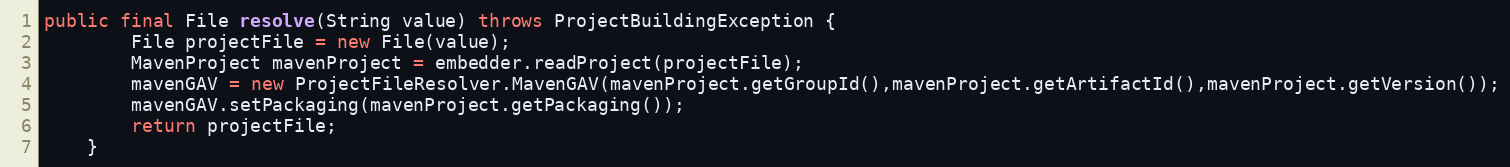
Language: Java
public final File resolve(String value) throws ProjectBuildingException {
        File projectFile = new File(value);
        MavenProject mavenProject = embedder.readProject(projectFile);
        mavenGAV = new ProjectFileResolver.MavenGAV(mavenProject.getGroupId(),mavenProject.getArtifactId(),mavenProject.getVersion());
        mavenGAV.setPackaging(mavenProject.getPackaging());
        return projectFile;
    }